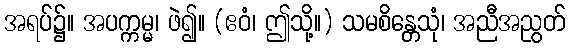
အရပ်၌။ အပက္ကမ္မ၊ ဖဲ၍။ (ဧဝံ၊ ဤသို့။) သမစိန္တေသုံ၊ အညီအညွတ်